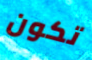
تكون